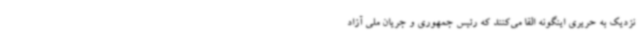
نزدیک به حریری اینگونه القا می‌کنند که رئیس جمهوری و جریان ملی آزاد